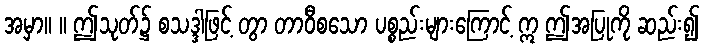
အမှာ။ ။ ဤသုတ်၌ စသဒ္ဒါဖြင့် တွာ တာဝီစသော ပစ္စည်းများကြောင့် ဣ ဤအပြုကို ဆည်း၍